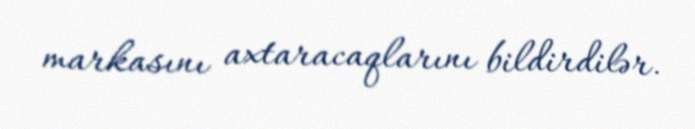
markasını axtaracaqlarını bildirdilər.